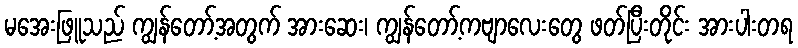
မအေးဖြူသည် ကျွန်တော့်အတွက် အားဆေး၊ ကျွန်တော့်ကဗျာလေးတွေ ဖတ်ပြီးတိုင်း အားပါးတရ